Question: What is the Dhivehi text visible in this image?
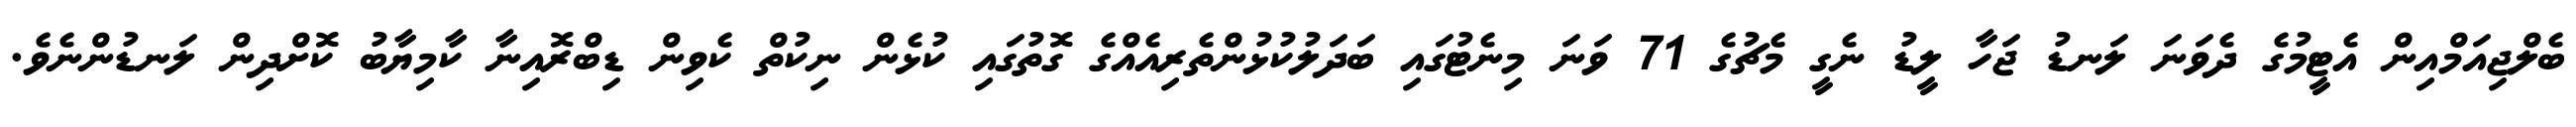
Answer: ބެލްޖިއަމްއިން އެޓީމުގެ ދެވަނަ ލަނޑު ޖަހާ ލީޑު ނެގީ މެޗުގެ 71 ވަނަ މިނެޓުގައި ބަދަލުކުޅުންތެރިއެއްގެ ގޮތުގައި ކުޅެން ނިކުތް ކެވިން ޑިބްރޮއިނާ ކާމިޔާބު ކޮށްދިން ލަނޑުންނެވެ.